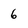
Character: 6